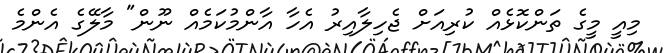
މިއީ މީގެ ތަންކޮޅެއް ކުރިއަށް ޖެހިލާއިރު އެހާ އާންމުކަމެއް ނޫން" މާލޭގެ އެންމެ